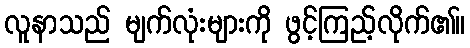
လူနာသည် မျက်လုံးများကို ဖွင့်ကြည့်လိုက်၏။